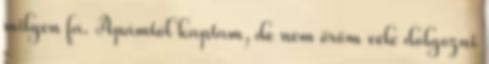
milyen fa. Apámtól kaptam, de nem öröm vele dolgozni